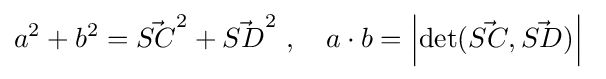
a^{2}+b^{2}={\vec {SC}}^{2}+{\vec {SD}}^{2}\ ,\quad a\cdot b=\left|\det({\vec {SC}},{\vec {SD}})\right|\